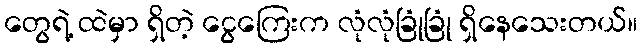
တွေရဲ့ ထဲမှာ ရှိတဲ့ ငွေကြေးက လုံလုံခြုံခြုံ ရှိနေသေးတယ်။